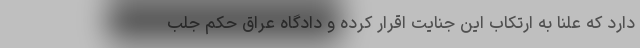
دارد که علنا به ارتکاب این جنایت اقرار کرده و دادگاه عراق حکم جلب